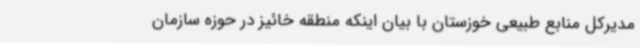
مدیرکل منابع طبیعی خوزستان با بیان اینکه منطقه خائیز در حوزه سازمان